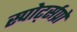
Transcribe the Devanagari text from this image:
स्पोर्ट्सप्रो